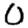
Digit: 0